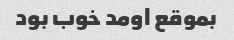
بموقع اومد خوب بود